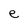
Character: e